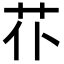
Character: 𦬙